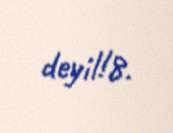
deyil!8.